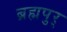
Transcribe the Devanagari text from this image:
ब्रह्मपुर्